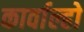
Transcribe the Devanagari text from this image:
कार्वाल्हो